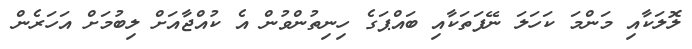
ލޮލަކާއި މަންމަ ކަހަލަ ނޭފަތަކާއި ބައްޕަގެ ހިނިތުންވުން އެ ކުއްޖާއަށް ލިބުމަށް އަހަރެން